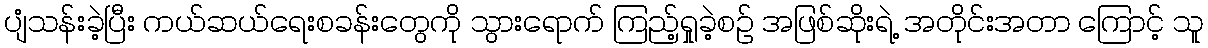
ပျံသန်းခဲ့ပြီး ကယ်ဆယ်ရေးစခန်းတွေကို သွားရောက် ကြည့်ရှုခဲ့စဉ် အဖြစ်ဆိုးရဲ့ အတိုင်းအတာ ကြောင့် သူ